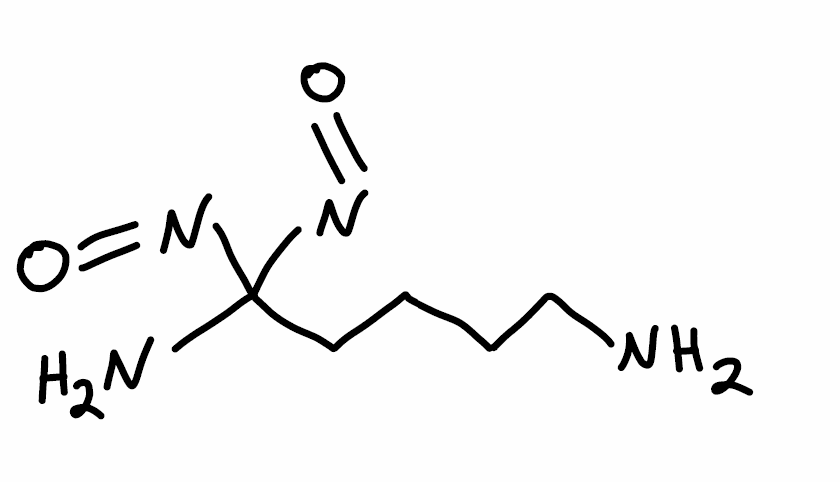
Simplified molecular-input line-entry system (SMILES) notation of the given molecule:
C(CCN)CC(N)(N=O)N=O